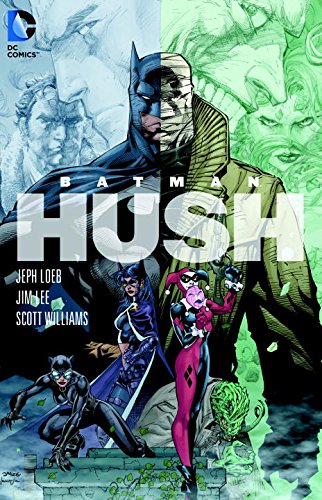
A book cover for Batman: Hush; Jeph Loeb; Comics & Graphic Novels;